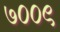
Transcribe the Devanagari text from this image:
७००९